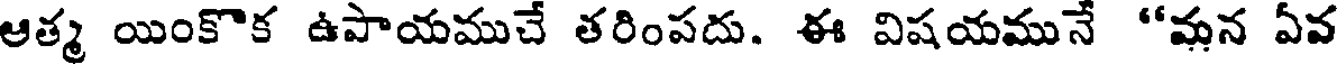
ఆత్మ యింకొక ఉపాయముచే తరింపదు. ఈ విషయమునే "మన ఏవ